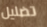
تضليل